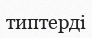
типтерді